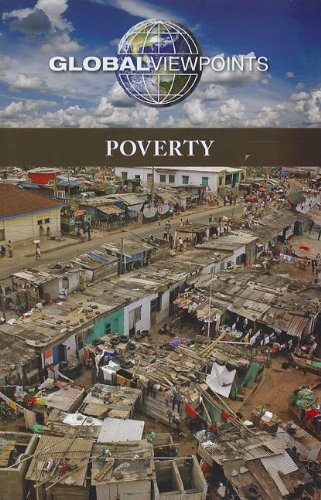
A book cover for Poverty (Global Viewpoints); Noel Merino; Teen & Young Adult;